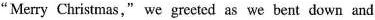
"Merry Christmas," we greeted as we bent down and